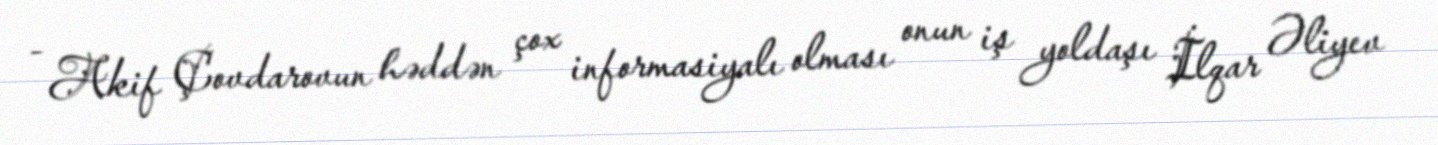
- Akif Çovdarovun həddən çox informasiyalı olması onun iş yoldaşı İlqar Əliyev